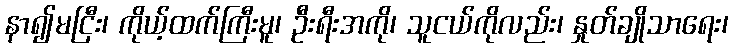
နာ၍မငြီး၊ ကိုယ့်ထက်ကြီးမူ၊ ဦးရီးအကို၊ သူငယ်ကိုလည်း၊ နှုတ်ချိုသာရေး၊